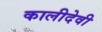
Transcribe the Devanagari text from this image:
कालीदेवी